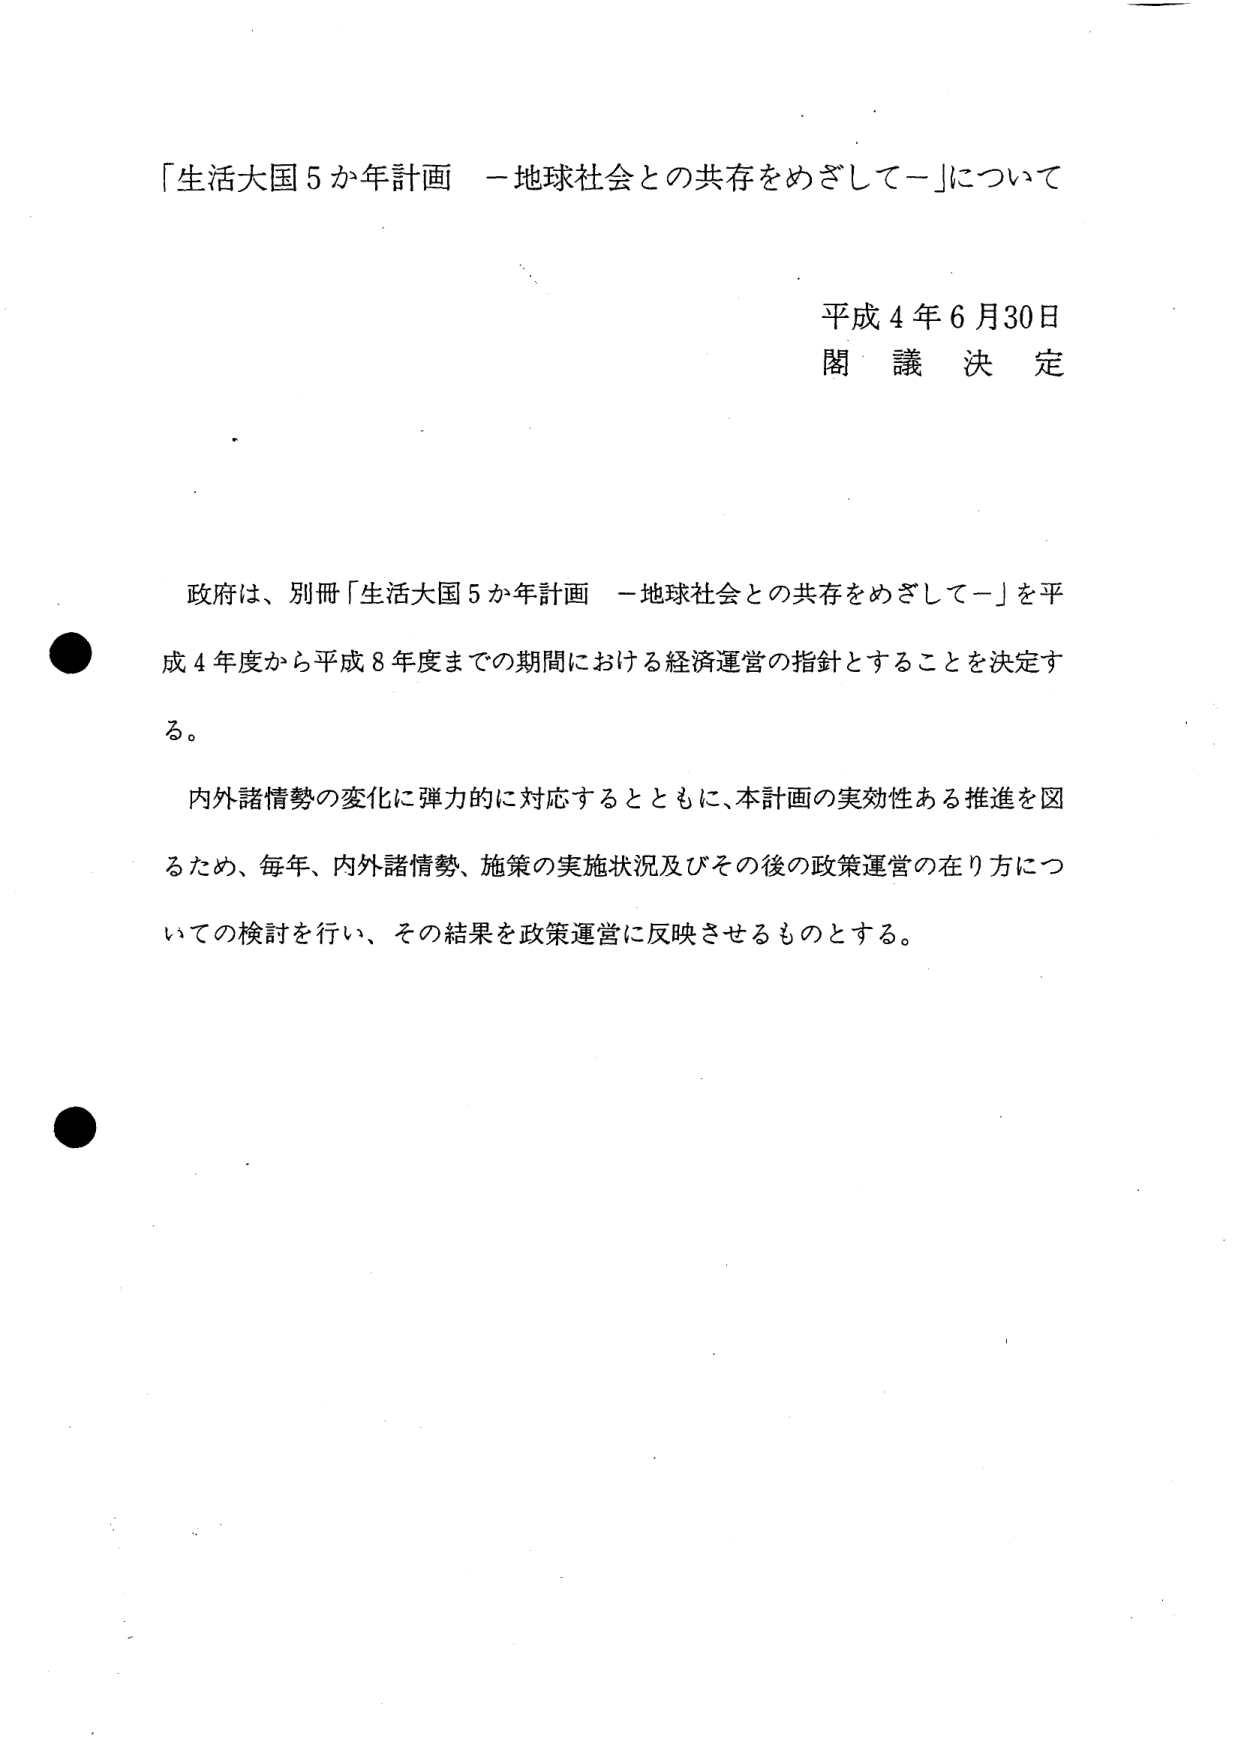
「生活大国５か年計画 －地球社会との共存をめざして－」について

平成４年６月30日
閣議決定

政府は、別冊「生活大国５か年計画 －地球社会との共存をめざして－」を平成４年度から平成８年度までの期間における経済運営の指針とすることを決定する。

内外諸情勢の変化に弾力的に対応するとともに、本計画の実効性ある推進を図るため、毎年、内外諸情勢、施策の実施状況及びその後の政策運営の在り方についての検討を行い、その結果を政策運営に反映させるものとする。